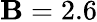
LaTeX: \mathbf{B}=2.6